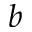
b